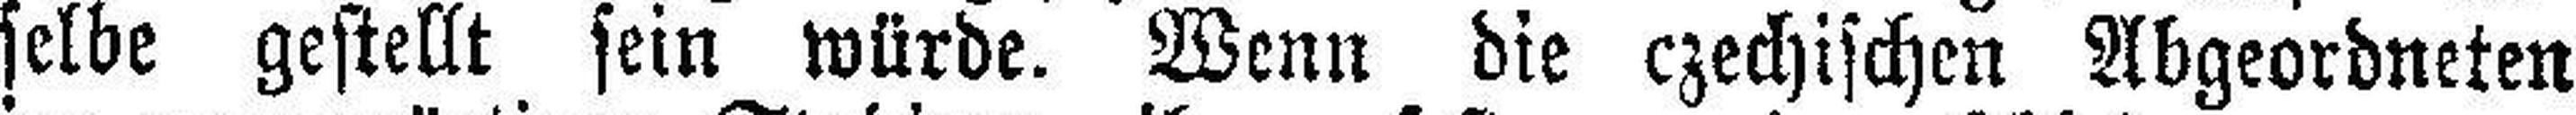
selbe gestellt sein würde. Wenn die czechischen Abgeordneten